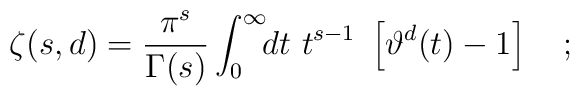
\zeta(s,d)=\frac{\pi^s}{\Gamma(s)}\int_0^{\infty}\!\!dt\  t^{s-1}\ \left[\vartheta^d(t) - 1 \right] \quad ;